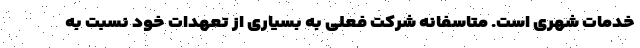
خدمات شهری است. متاسفانه شرکت فعلی به بسیاری از تعهدات خود نسبت به